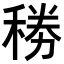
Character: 𥟎